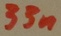
Text: 33n